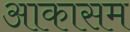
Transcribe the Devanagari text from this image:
आकासम